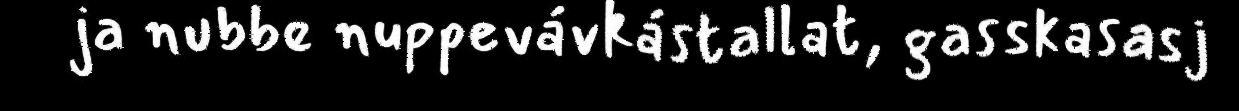
ja nubbe nuppevávkástallat, gasskasasj